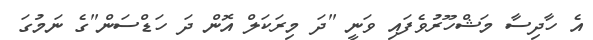
އެ ހާދިސާ މަޝްހޫރުވެފައި ވަނީ "ދަ މިރަކަލް އޮން ދަ ހަޑްސަން"ގެ ނަމުގަ